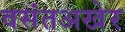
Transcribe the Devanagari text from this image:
वसंतअखेर